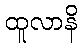
ထူလာနိ